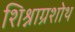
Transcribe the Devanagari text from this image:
शिश्नाग्रशोथ